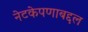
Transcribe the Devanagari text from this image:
नेटकेपणाबद्दल